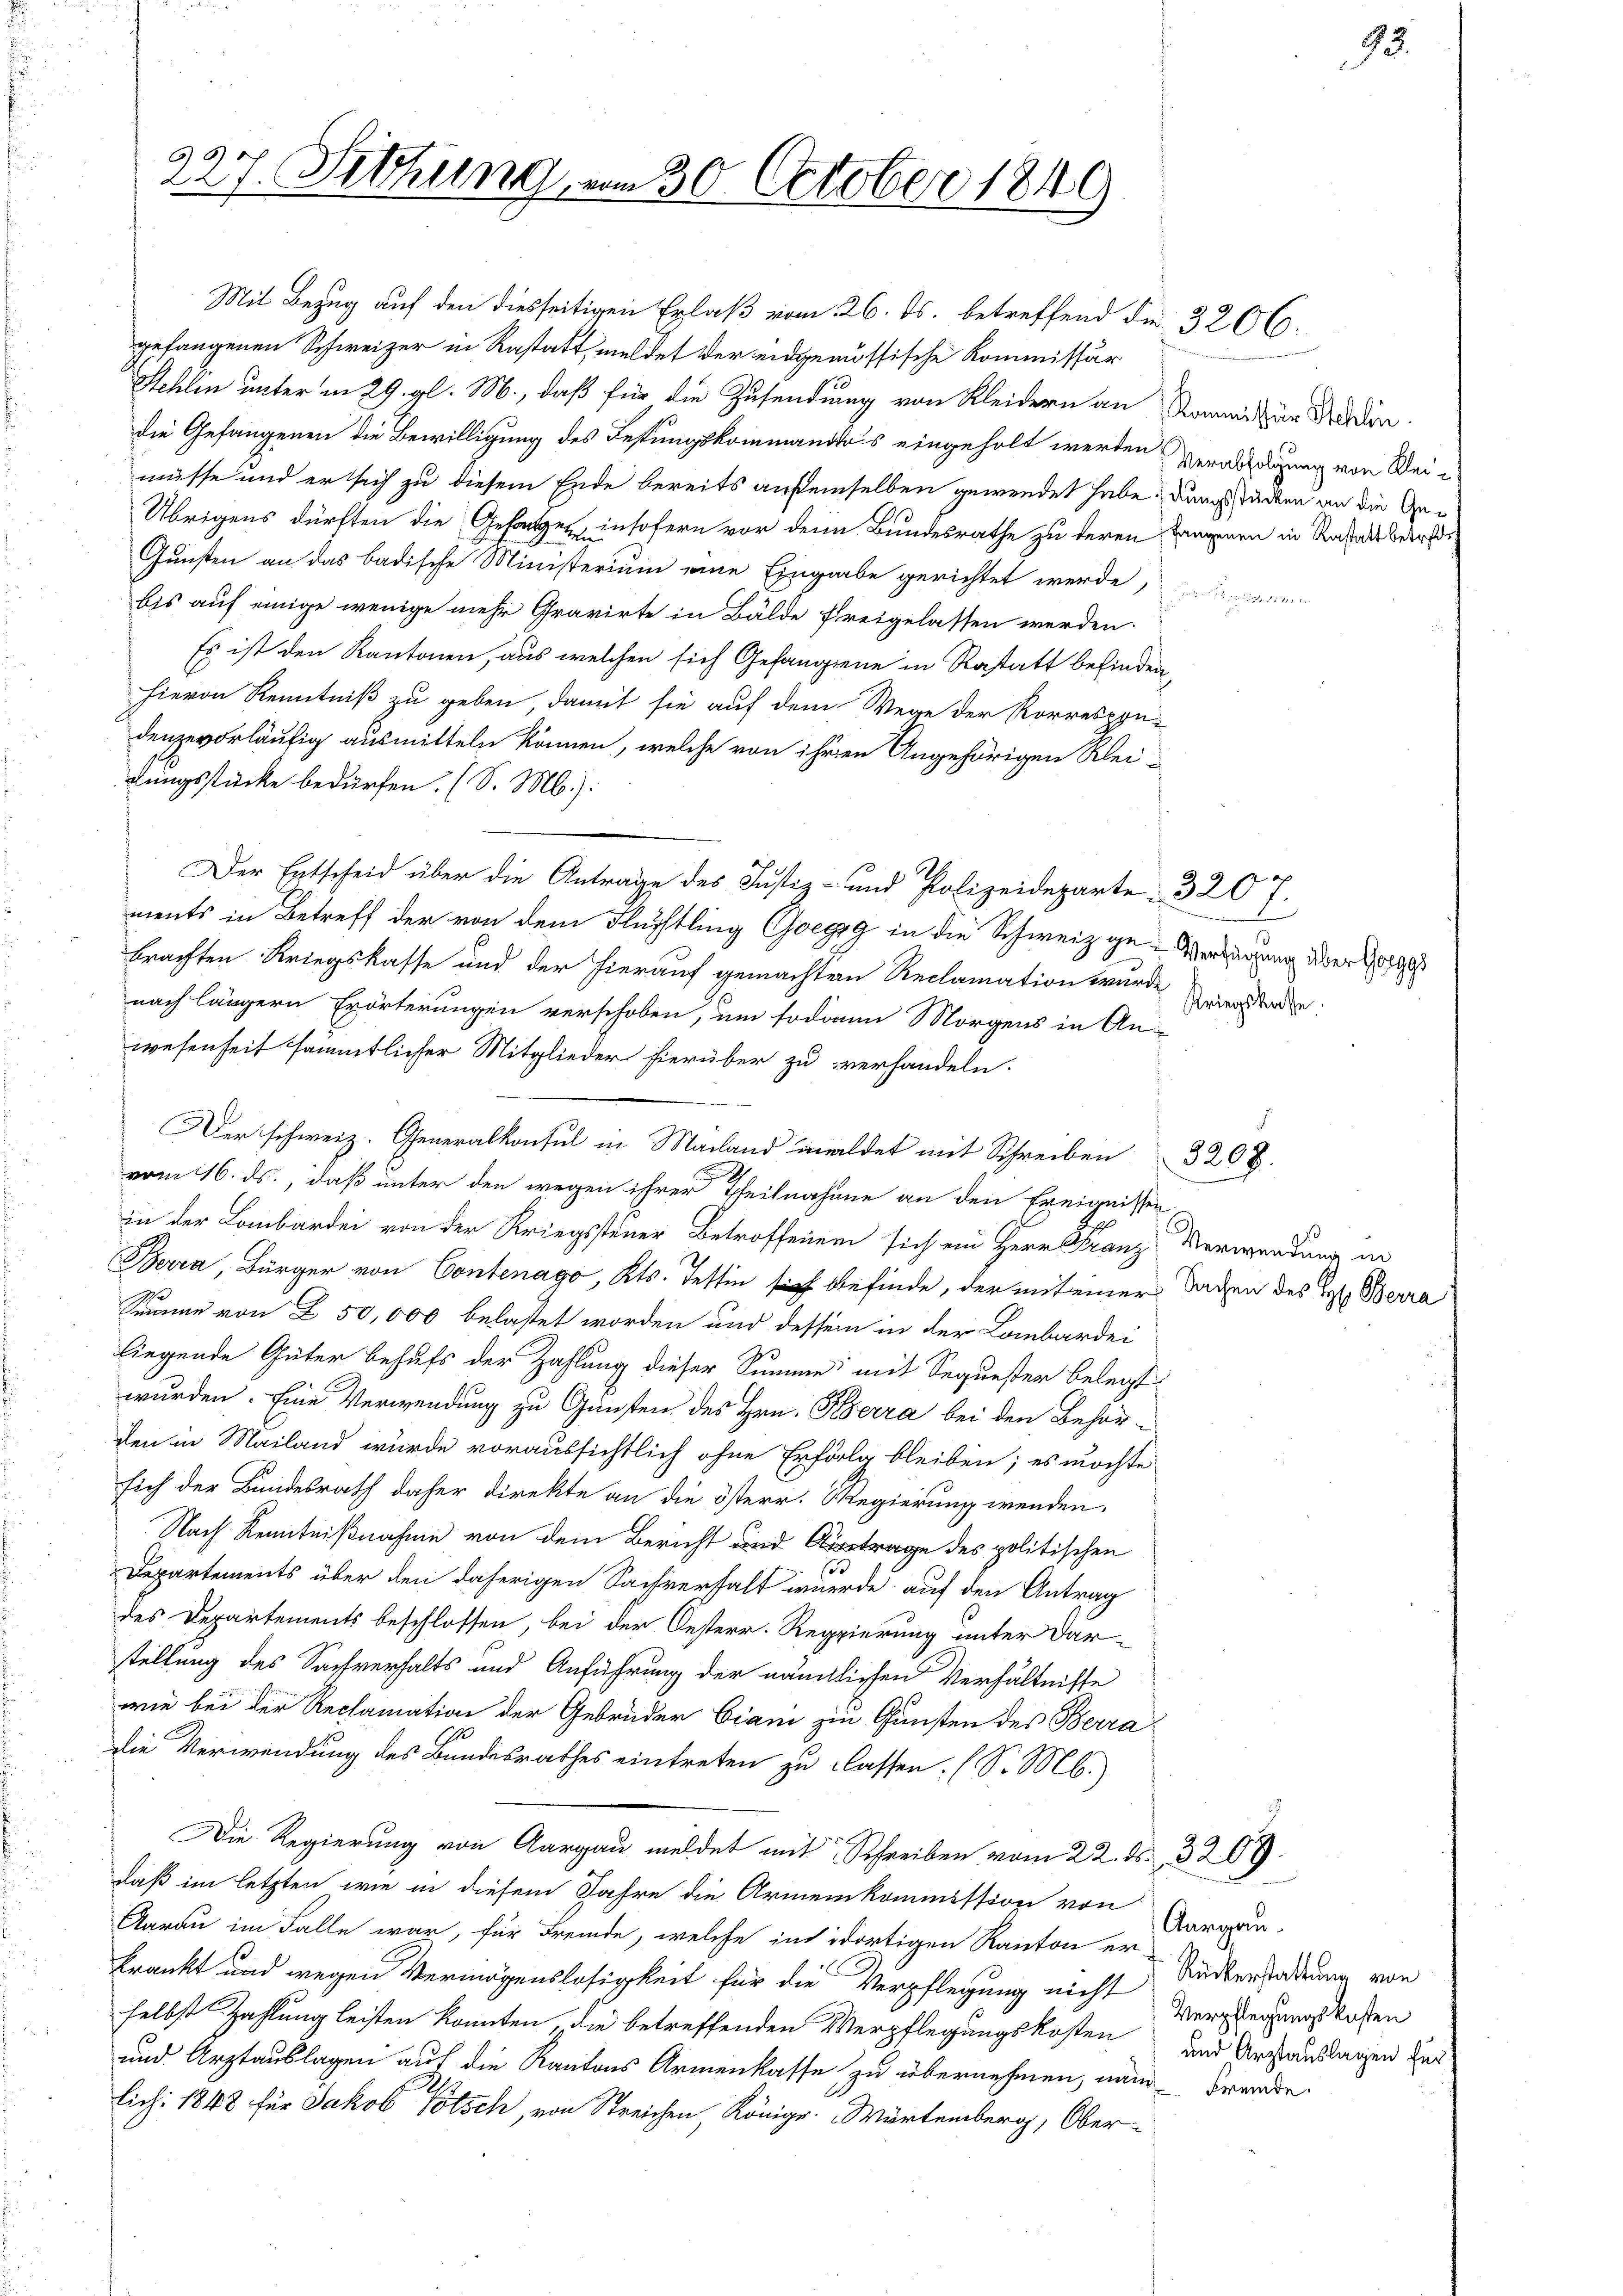
Mit Bezug auf den diesseitigen Erlaß vom 26. ds. betreffend die 3266.
gefangenen Schweizer in Rastatt, meldet der eidgenössische Kommissär
Stehlen unter in 29. gl. M., daß für die Zusendung von Kleidern an Romi zur Wieden.
die Gefangenen die Bewilligung des Festungskommandas eingeholt werden
müsse und er sich zu diesem Ende bereits auseinselben gewendet habe. Dangsstücken an die Ge¬
Übrigens dürften die Gesangen insofern vor dem Bundesrathe zu deren Kammenen in Ratsbetrei¬
Gunsten an das badische Ministerium eine Eingabe gerichtet werde
bis auf einige wenige mehr Gravirte in Bälde freigelassen werden.
Es ist den Kantonen, aus welchen sich Gefangene in Rastatt befinden,
hievon Kenntniß zu geben, damit sie auf dem Wege der Korrespondenzevorläufig ausmitteln können, welche von ihren Angehörigen Kleidungsstücke bedürfen. (S. M.):
Der Entscheid über die Anträge des Justiz- und Polizeideparte: 320 7.
ments in Betreff der von dem Flüchtling Goegg in die Schweiz ge-Verfügung über 1879
brachten Kriegskasse und der hierauf gemachten Reclamation wurde
nach längern Erörterungen verschoben, um sodann Morgens in An-
wesenheit sämmtlicher Mitglieder hierüber zu verhandeln.
Der schweiz. Generalkonsul in Mailand meldet mit Schreiben
vom 16. ds., daß unter den wegen ihrer Theilnahme an den Ereignissen
in der Lombardei von der Kriegssteuer Betroffenen sich ein Herr Franz Verwendung in
Berra, Bürger von Contenago, Kts. Tessin sie befinde, der mit einer Sachen des Lt. Berra
Summe von § 50,000 belastet worden und dessen in der Lombardei
liegende Güter behufs der Zahlung dieser Summe, mit Sequester belegt:
wurden. Eine Verwendung zu Gunsten des Hrn. Berra bei den Behörden in Mailand würde voraussichtlich ohne Erfolg bleiben; es möchte
sich der Bundesrath daher direkte an die österr. Regierung wenden.
Nach Kenntnißnahme von dem Bericht und Antrage des politischen
Departements über den daherigen Sachverhalt wurde auf den Antrag
des Departements beschlossen, bei der Oesterr. Regierung unter Dar-
stellung des Sachverhalts und Anführung der nämlichen Verhältnisse
wie bei der Reclamation der Gebrüder Ciani zu Gunsten des Berra
Die Verwendung des Bundesrathes eintreten zu Classen. (S. M.)
Die Regierung von Aargau meldet mit Schreiben vom 22. ds. 3267.
daß im letzten wie in diesem Jahre die Armenkommission von
Aarau im Falle war, für Fremde, welche in dortigen Kanton er
krankt und wegen Vermögenslosigkeit für die Verpflegung nicht Verglegungskosten
selbst Zahlung leisten konnten, die betreffenden Verpflegungskosten und Anstauslagen her
und Arztauslagen auf die Kantons Armenkasse zu übernehmen, näm- Brende
lich: 1848 für Jakob Totsch, von Streichen, Königr. Wartemberg, Ober-

227. Sitzung.

30. October 1849

Verabfolgung von Klei¬

e
Kriegskasse.

3298.

Aargau.
Rückerstattung von

93.